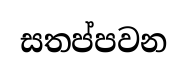
සතප්පවන